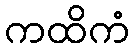
ကထိကံ